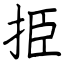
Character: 挋